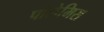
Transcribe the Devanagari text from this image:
पोलेमिस